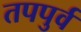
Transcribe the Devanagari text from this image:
तपपुर्व